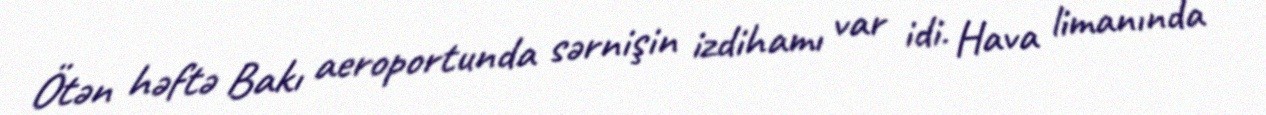
Ötən həftə Bakı aeroportunda sərnişin izdihamı var idi. Hava limanında